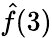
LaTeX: {\hat{f}}(3)